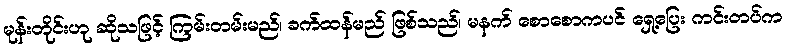
မုန်းတိုင်းဟု ဆိုသဖြင့် ကြမ်းတမ်းမည်၊ ခက်ထန်မည် ဖြစ်သည်၊ မနက် စောစောကပင် ရှေ့ပြေး ကင်းတပ်က